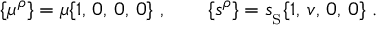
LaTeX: \{ \mu ^ { \rho } \} = \mu \{ 1 , \, 0 , \, 0 , \, 0 \} \ , \qquad \{ s ^ { \rho } \} = { s _ { _ \mathrm { S } } } \{ 1 , \, v , \, 0 , \, 0 \} \ .